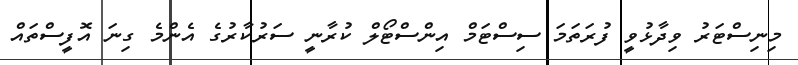
މިނިސްޓަރު ވިދާޅުވީ ފުރަތަމަ ސިސްޓަމް އިންސްޓޯލް ކުރާނީ ސަރުކާރުގެ އެންމެ ގިނަ އޮފީސްތައް